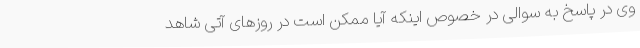
وی در پاسخ به سوالی در خصوص اینکه آیا ممکن است در روزهای آتی شاهد